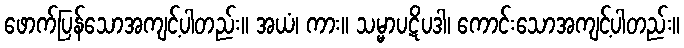
ဖောက်ပြန်သောအကျင့်ပါတည်း။ အယံ၊ ကား။ သမ္မာပဋိပဒါ၊ ကောင်းသောအကျင့်ပါတည်း။